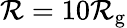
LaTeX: \mathcal{R}=10\mathcal{R}_{\mathrm{{g}}}